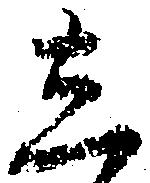
し